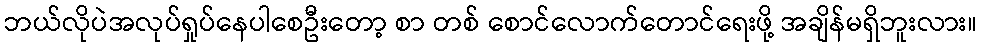
ဘယ်လိုပဲအလုပ်ရှုပ်နေပါစေဦးတော့ စာ တစ် စောင်လောက်တောင်ရေးဖို့ အချိန်မရှိဘူးလား။